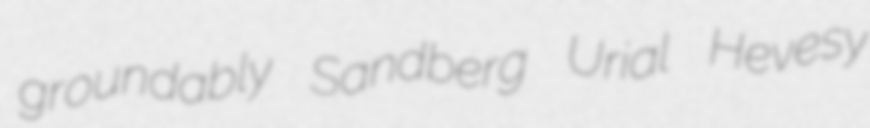
groundably Sandberg Urial Hevesy